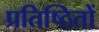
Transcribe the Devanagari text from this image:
प्रतिष्ठितों